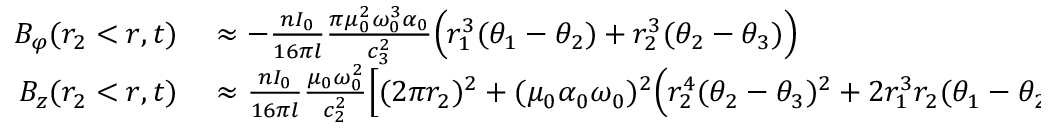
\begin{array} { r l } { B _ { \varphi } ( r _ { 2 } < r , t ) } & { { } \approx - \frac { n I _ { 0 } } { 1 6 \pi l } \frac { \pi \mu _ { 0 } ^ { 2 } \omega _ { 0 } ^ { 3 } \alpha _ { 0 } } { c _ { 3 } ^ { 2 } } \Big ( r _ { 1 } ^ { 3 } ( \theta _ { 1 } - \theta _ { 2 } ) + r _ { 2 } ^ { 3 } ( \theta _ { 2 } - \theta _ { 3 } ) \Big ) } \\ { B _ { z } ( r _ { 2 } < r , t ) } & { { } \approx \frac { n I _ { 0 } } { 1 6 \pi l } \frac { \mu _ { 0 } \omega _ { 0 } ^ { 2 } } { c _ { 2 } ^ { 2 } } \Big [ ( 2 \pi r _ { 2 } ) ^ { 2 } + ( \mu _ { 0 } \alpha _ { 0 } \omega _ { 0 } ) ^ { 2 } \Big ( r _ { 2 } ^ { 4 } ( \theta _ { 2 } - \theta _ { 3 } ) ^ { 2 } + 2 r _ { 1 } ^ { 3 } r _ { 2 } ( \theta _ { 1 } - \theta _ { 2 } ) ( \theta _ { 2 } - \theta _ { 3 } ) + r _ { 1 } ^ { 4 } ( \theta _ { 1 } - \theta _ { 2 } ) ^ { 2 } \Big ) } \end{array}